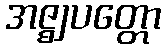
အဇ္ဈပတ္တော